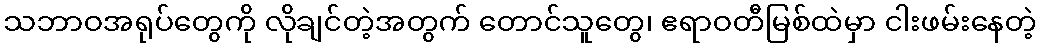
သဘာဝအရုပ်တွေကို လိုချင်တဲ့အတွက် တောင်သူတွေ၊ ဧရာဝတီမြစ်ထဲမှာ ငါးဖမ်းနေတဲ့